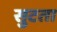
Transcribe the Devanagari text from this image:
सुटता